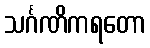
သင်္ဂဏိကရတော